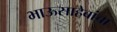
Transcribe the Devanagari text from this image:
भाऊसाहेबांचा